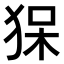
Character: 𤞥